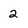
Character: 2